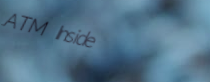
ATM Inside